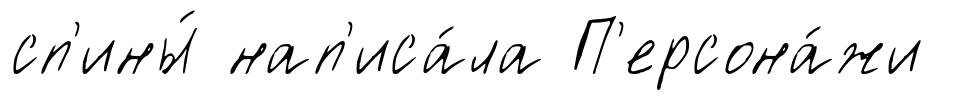
сп'ины́ нап'иса́ла П'ерсона́жи